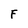
Character: F